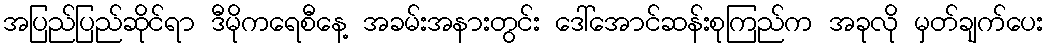
အပြည်ပြည်ဆိုင်ရာ ဒီမိုကရေစီနေ့ အခမ်းအနားတွင်း ဒေါ်အောင်ဆန်းစုကြည်က အခုလို မှတ်ချက်ပေး